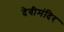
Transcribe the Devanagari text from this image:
देवीमंदिर